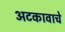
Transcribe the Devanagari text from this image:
अटकावाचे